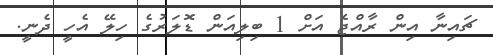
ޗައިނާ އިން ރާއްޖެ އަށް 1 ބިލިއަން ޑޮލަރުގެ ހިލޭ އެހީ ދެނީ.